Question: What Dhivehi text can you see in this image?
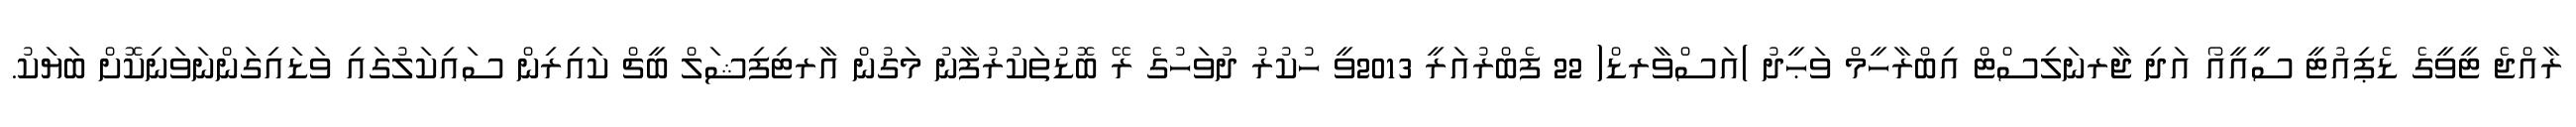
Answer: ރާއްޖެ ޓީވީގެ ޑެޕިއުޓީ ސީއީއޯ އަދި ޖާރނަލިސްޓް އިބްރާހީމް ވަޙީދު )އަސްވާރޑް( 22 ފެބްރުއަރީ 2013ވީ ހުކުރު ދުވަހުގެ ރޭ ބޮޑުތަކުރުފާނު މަގުން އާރޓިފިޝަލް ބީޗް ކައިރިން ސައިކަލުގައި ވަޑައިގަންނަވަނިކޮށް ބަޔަކު.